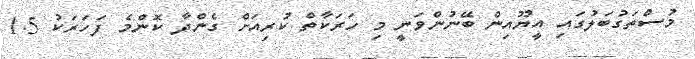
މުސްތަގުބަލުގައި އީޔޫއިން ބޭނުންވަނީ މި ހަރަކާތް ކުރިއަށް ގެންދާ ކޮންމެ ފަހަރަކު 1.5